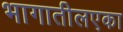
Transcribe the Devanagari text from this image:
भागातीलएका